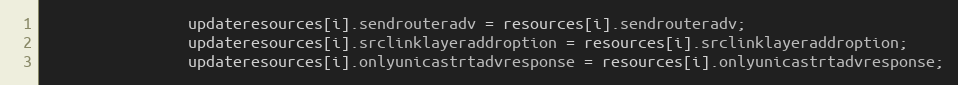
Language: Java
				updateresources[i].sendrouteradv = resources[i].sendrouteradv;
				updateresources[i].srclinklayeraddroption = resources[i].srclinklayeraddroption;
				updateresources[i].onlyunicastrtadvresponse = resources[i].onlyunicastrtadvresponse;